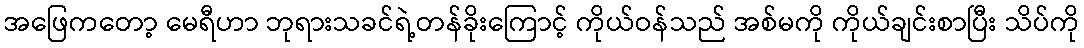
အဖြေကတော့ မေရီဟာ ဘုရားသခင်ရဲ့တန်ခိုးကြောင့် ကိုယ်ဝန်သည် အစ်မကို ကိုယ်ချင်းစာပြီး သိပ်ကို